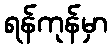
ရန်ကုန်မှာ